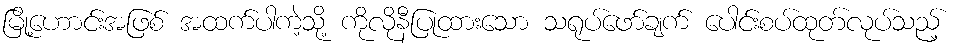
မြို့ဟောင်းအဖြစ် အထက်ပါကဲ့သို့ ကိုလိုနီပြုထားသော သရုပ်ဖော်ချက် ပေါင်းစပ်ထုတ်လုပ်သည့်